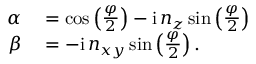
\begin{array} { r l } { \alpha } & { { } = \cos \left( \frac { \varphi } { 2 } \right) - \mathrm { i } \, n _ { z } \sin \left( \frac { \varphi } { 2 } \right) } \\ { \beta } & { { } = - \mathrm { i } \, n _ { x y } \sin \left( \frac { \varphi } { 2 } \right) . } \end{array}